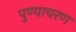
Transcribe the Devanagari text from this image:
पुण्याचरण